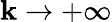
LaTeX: \mathbf{k}\to+\infty